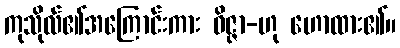
ကုသိုလ်၏အကြောင်းကား ဝိဇ္ဇာ-ဟု ဟောထား၏။